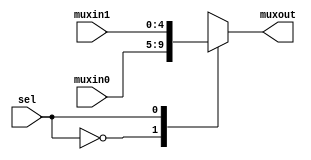
`timescale 1ns / 1ps
//////////////////////////////////////////////////////////////////////////////////
// Company: 
// Engineer: 
// 
// Design Name: 
// Module Name:    mux2_inout5 
// Project Name: 
// Target Devices: 
// Tool versions: 
// Description: 
//
// Dependencies: 
//
// Revision: 
// Revision 0.01 - File Created
// Additional Comments: 
//
//////////////////////////////////////////////////////////////////////////////////
module mux2_inout5(
    input [4:0] muxin0,
    input [4:0] muxin1,
    output reg [4:0] muxout,
    input sel
    );

always @(*) begin
	
	case(sel)
		1'b0: muxout = muxin0;
		1'b1: muxout = muxin1;
	endcase
	
end

endmodule